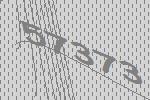
57373